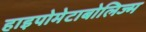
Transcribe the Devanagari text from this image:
हाइपोमेटाबोलिज्म